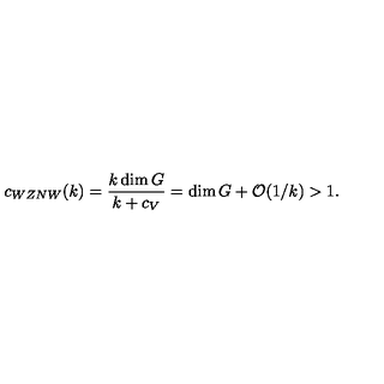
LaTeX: c _ { W Z N W } ( k ) = { \frac { k \dim G } { k + c _ { V } } } = \dim G + { \cal O } ( 1 / k ) > 1 .